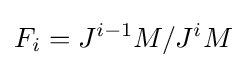
F_{i}=J^{i-1}M/J^{i}M